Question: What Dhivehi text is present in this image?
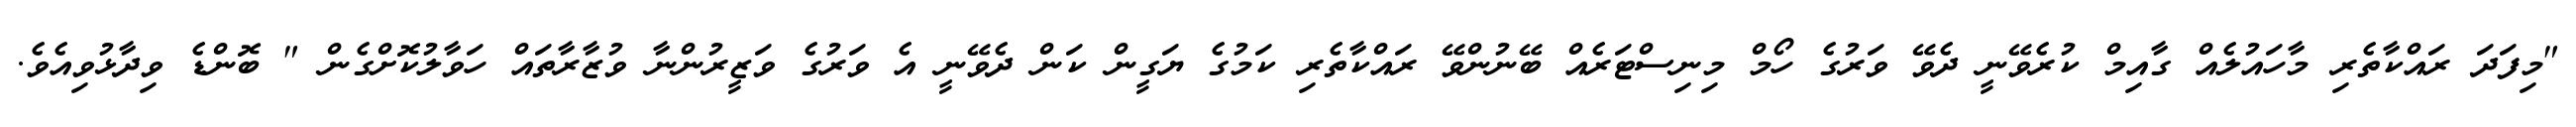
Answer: "މިފަދަ ރައްކާތެރި މާހައުލެއް ގާއިމް ކުރެވޭނީ ދެވޭ ވަރުގެ ހޯމް މިނިސްޓަރެއް ބޭނުންވޭ ރައްކާތެރި ކަމުގެ ޔަގީން ކަން ދެވޭނީ އެ ވަރުގެ ވަޒީރުންނާ ވުޒާރާތައް ހަވާލުކޮށްގެން " ބޮންޑެ ވިދާޅުވިއެވެ.